Problem: 4 - 1 = ?
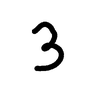
Handwritten answer: 3